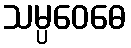
သမ္ပဝေဓေ